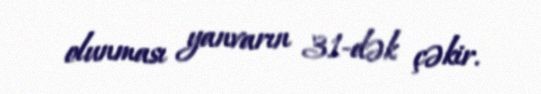
olunması yanvarın 31-dək çəkir.